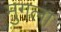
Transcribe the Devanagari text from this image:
मुगला